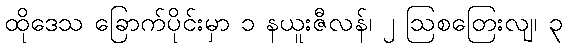
ထိုဒေသ ခြောက်ပိုင်းမှာ ၁ နယူးဇီလန်၊ ၂ ဩစတြေးလျ၊ ၃